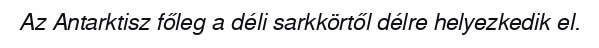
Az Antarktisz főleg a déli sarkkörtől délre helyezkedik el.